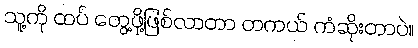
သူ့ကို ထပ် တွေ့ဖို့ဖြစ်လာတာ တကယ် ကံဆိုးတာပဲ။